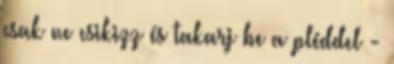
csak ne csikizz és takarj be a pléddel -